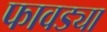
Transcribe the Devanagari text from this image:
फावड्या